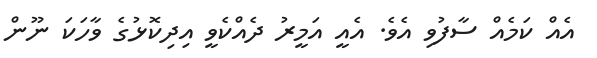
އެއް ކަމެއް ސާފުވި އެވެ. އެއީ އަމީރު ދެއްކެވީ އިދިކޮޅުގެ ވާހަކަ ނޫން